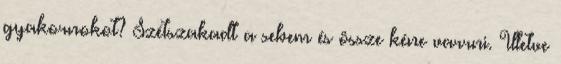
gyakornokot? Szétszakadt a sebem és össze kéne varrni. Illetve